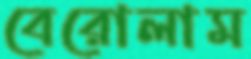
বেরোলাম